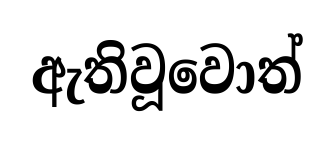
ඇතිවූවොත්